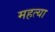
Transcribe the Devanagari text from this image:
महत्या